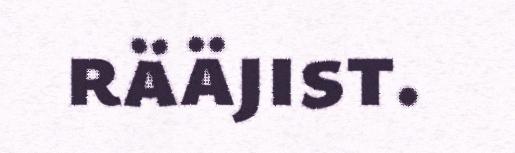
rääjist.